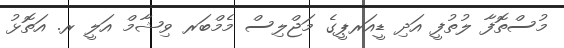
މުސްތޮފާ ލުތުފީ އަދި ޑީއަރޕީގެ މަޖްލިސް މެމްބަރ ވިޝާމް އަލީ ރ. އަތޮޅު